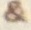
&